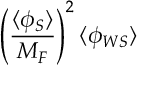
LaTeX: \left( \frac { \langle \phi _ { S } \rangle } { M _ { F } } \right) ^ { 2 } \langle \phi _ { W S } \rangle